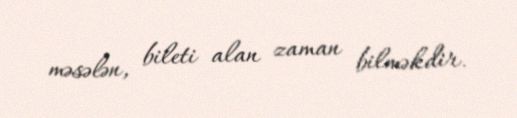
məsələn, bileti alan zaman bilməkdir.